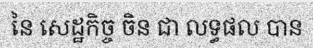
នៃ សេដ្ឋកិច្ច ចិន ជា លទ្ធផល បាន